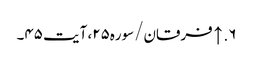
۶. ↑ فرقان/سوره۲۵، آیت ۴۵۔